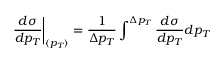
\left. \frac { d \sigma } { d p _ { T } } \right| _ { \langle p _ { T } \rangle } = \frac { 1 } { \Delta p _ { T } } \int ^ { \Delta p _ { T } } { \frac { d \sigma } { d p _ { T } } } d p _ { T }